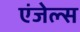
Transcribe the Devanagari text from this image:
एंजेल्‍स